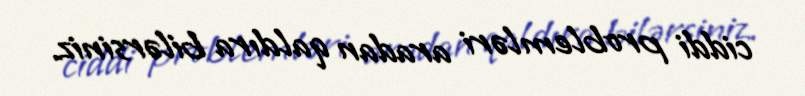
ciddi problemləri aradan qaldıra bilərsiniz.